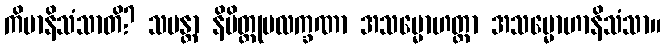
ကိမာနိသံသာတိ? သမန္တာ နိမိတ္တုပလက္ခဏာ အသမ္မောဟတ္ထာ အသမ္မောဟာနိသံသာ။